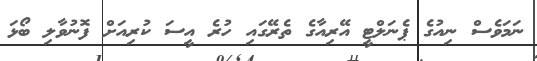
ނަމަވެސް ނިއުގެ ޕެނަލްޓީ އޭރިއާގެ ތެރޭގައި ހުރެ އީސަ ކުރިއަށް ފޮނުވާލި ބޯޅަ